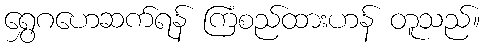
ရွှေဂဟေဆက်ရန် ကြံစည်ထားဟန် တူသည်။